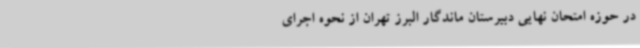
در حوزه‌ امتحان نهایی دبیرستان ماندگار البرز تهران از نحوه اجرای